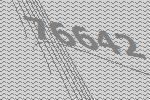
76642